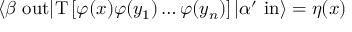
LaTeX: \langle \beta \ \mathrm { o u t } | \mathrm { T } \left[ \varphi ( x ) \varphi ( y _ { 1 } ) \ldots \varphi ( y _ { n } ) \right] | \alpha ^ { \prime } \ \mathrm { i n } \rangle = \eta ( x )